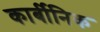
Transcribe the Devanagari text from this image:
कार्बीनिक